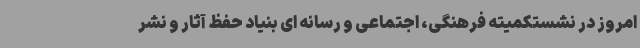
امروز در نشستکمیته فرهنگی، اجتماعی و رسانه ای بنیاد حفظ آثار و نشر